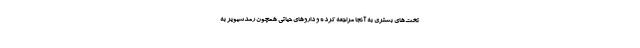
تخت‌های بستری به آنجا مراجعه کرده و داروهای حیاتی همچون رمدسیویر به